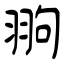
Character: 翑